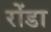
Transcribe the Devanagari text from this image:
रोंडा